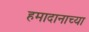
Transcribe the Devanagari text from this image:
हमादानाच्या